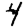
Digit: 4